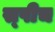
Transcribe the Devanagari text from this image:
स्‍पीच